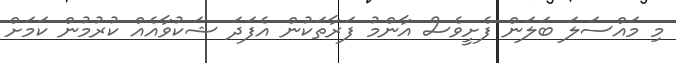
މި މައްސަލަ ބަލަން ފެށީވެސް އާންމު ފަރާތަކުން އެފަދަ ޝަކުވާއެއް ކުރުމުން ކަމަށް